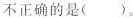
不正确的是( )。